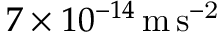
7 \times 1 0 ^ { - 1 4 } \, \mathrm { { m \, s ^ { - 2 } } }